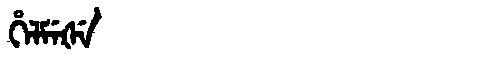
Manchu: ᡥᡝᠯᠮᡝᡧᡝ
Romanization: HELMEŠE